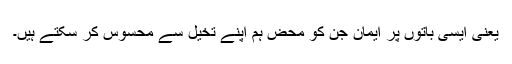
یعنی ایسی باتوں پر ایمان جن کو محض ہم اپنے تخیل سے محسوس کر سکتے ہیں۔